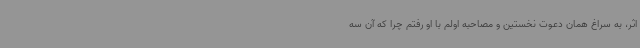
اثر، به سراغ همان دعوت نخستین و مصاحبه اولم با او رفتم چرا که آن سه